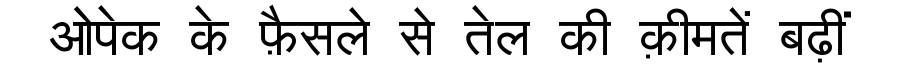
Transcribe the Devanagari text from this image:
ओपेक के फ़ैसले से तेल की क़ीमतें बढ़ीं